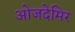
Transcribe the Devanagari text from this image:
ओजदेमिर